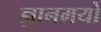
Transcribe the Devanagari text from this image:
ज्ञानमयो